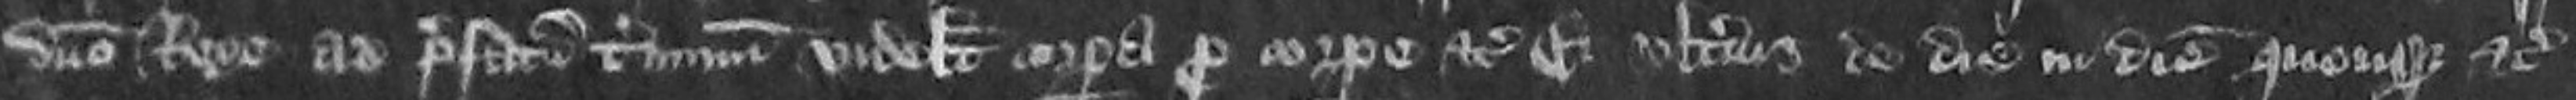
domino Rege ad prefactum terminum videlicet corpora pro corpora etc et ulterius de die in diem quousque etc